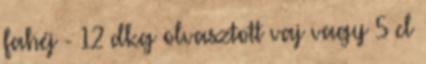
fahéj - 12 dkg olvasztott vaj vagy 5 cl